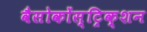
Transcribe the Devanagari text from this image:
वैसोकोंस्ट्रिक्शन